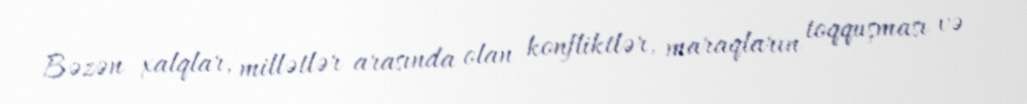
Bəzən xalqlar, millətlər arasında olan konfliktlər, maraqların toqquşması və